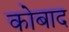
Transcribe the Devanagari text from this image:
कोबाद